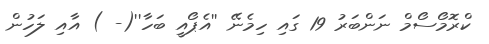
ކްރޮމޯސޯމް ނަންބަރު 19 ގައި ހިމެނޭ ''އެޕޯއީ ބަހާ''(- ) އާއި ލަހުން